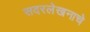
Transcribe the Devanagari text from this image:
सदरलेखनाचे